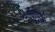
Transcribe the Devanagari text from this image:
रेलगटेड